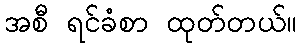
အစီ ရင်ခံစာ ထုတ်တယ်။